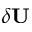
\delta \bf { U }